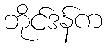
ဘိုင်ဒန်က